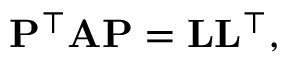
\mathbf { P } ^ { \top } \mathbf { A } \mathbf { P } = \mathbf { L } \mathbf { L } ^ { \top } ,